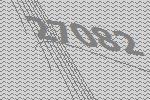
27082